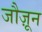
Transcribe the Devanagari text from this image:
जौज़ून